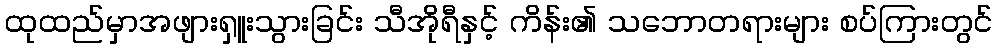
ထုထည်မှာအဖျားရှူးသွားခြင်း သီအိုရီနှင့် ကိန်း၏ သဘောတရားများ စပ်ကြားတွင်